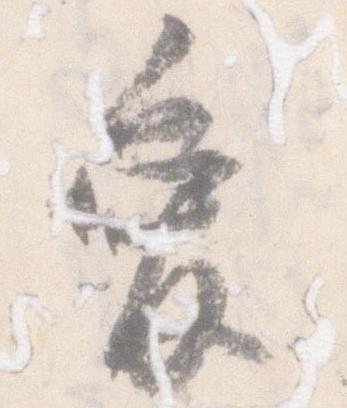
愛